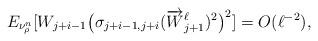
LaTeX: \begin{align*}E_{\nu^n_\rho}[W_{j+i-1} \big(\sigma_{j+i-1, j+i}(\overrightarrow{W}_{j+1}^\ell)^2\big)^2] = O(\ell^{-2}) ,\end{align*}